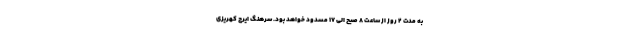
به مدت ۲ روز از ساعت ۸ صبح الی ۱۷ مسدود خواهد بود. سرهنگ ایرج کهریزی